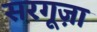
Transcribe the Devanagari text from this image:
सरगूज़ा